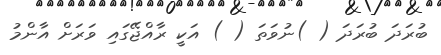
ބުރަދަ ބުރަދަ ( )ނުވަތަ ( ) އަކީ ރާއްޖޭގައި ވަރަށް އާންމު